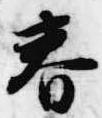
春